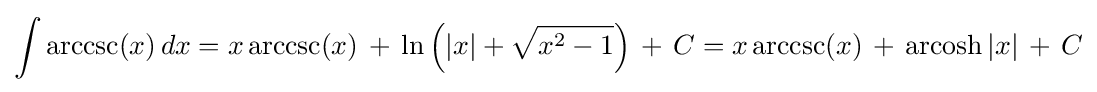
\int \operatorname {arccsc}(x)\,dx=x\operatorname {arccsc}(x)\,+\,\ln \left(\left|x\right|+{\sqrt {x^{2}-1}}\right)\,+\,C=x\operatorname {arccsc}(x)\,+\,\operatorname {arcosh} |x|\,+\,C